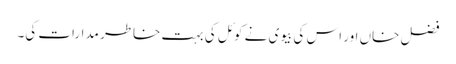
فضل خاں اور اس کی بیوی نے کوئل کی بہت خاطر مدارات کی۔